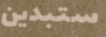
ستبدين